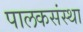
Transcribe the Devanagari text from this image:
पालकसंस्था